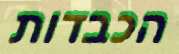
הכבדות